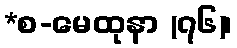
*စ-မေထုနာ (၇၆)၊